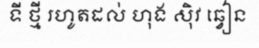
ទី ថ្មី រហូតដល់ ហុង ស៊ិវ ឆ្វៀន